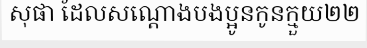
សុផា ដែលសណ្តោងបងប្អូនកូនក្មួយ២២